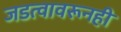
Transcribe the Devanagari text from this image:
जडत्वावरूनही